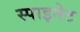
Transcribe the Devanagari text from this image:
स्पाइनेट